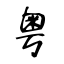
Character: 粤